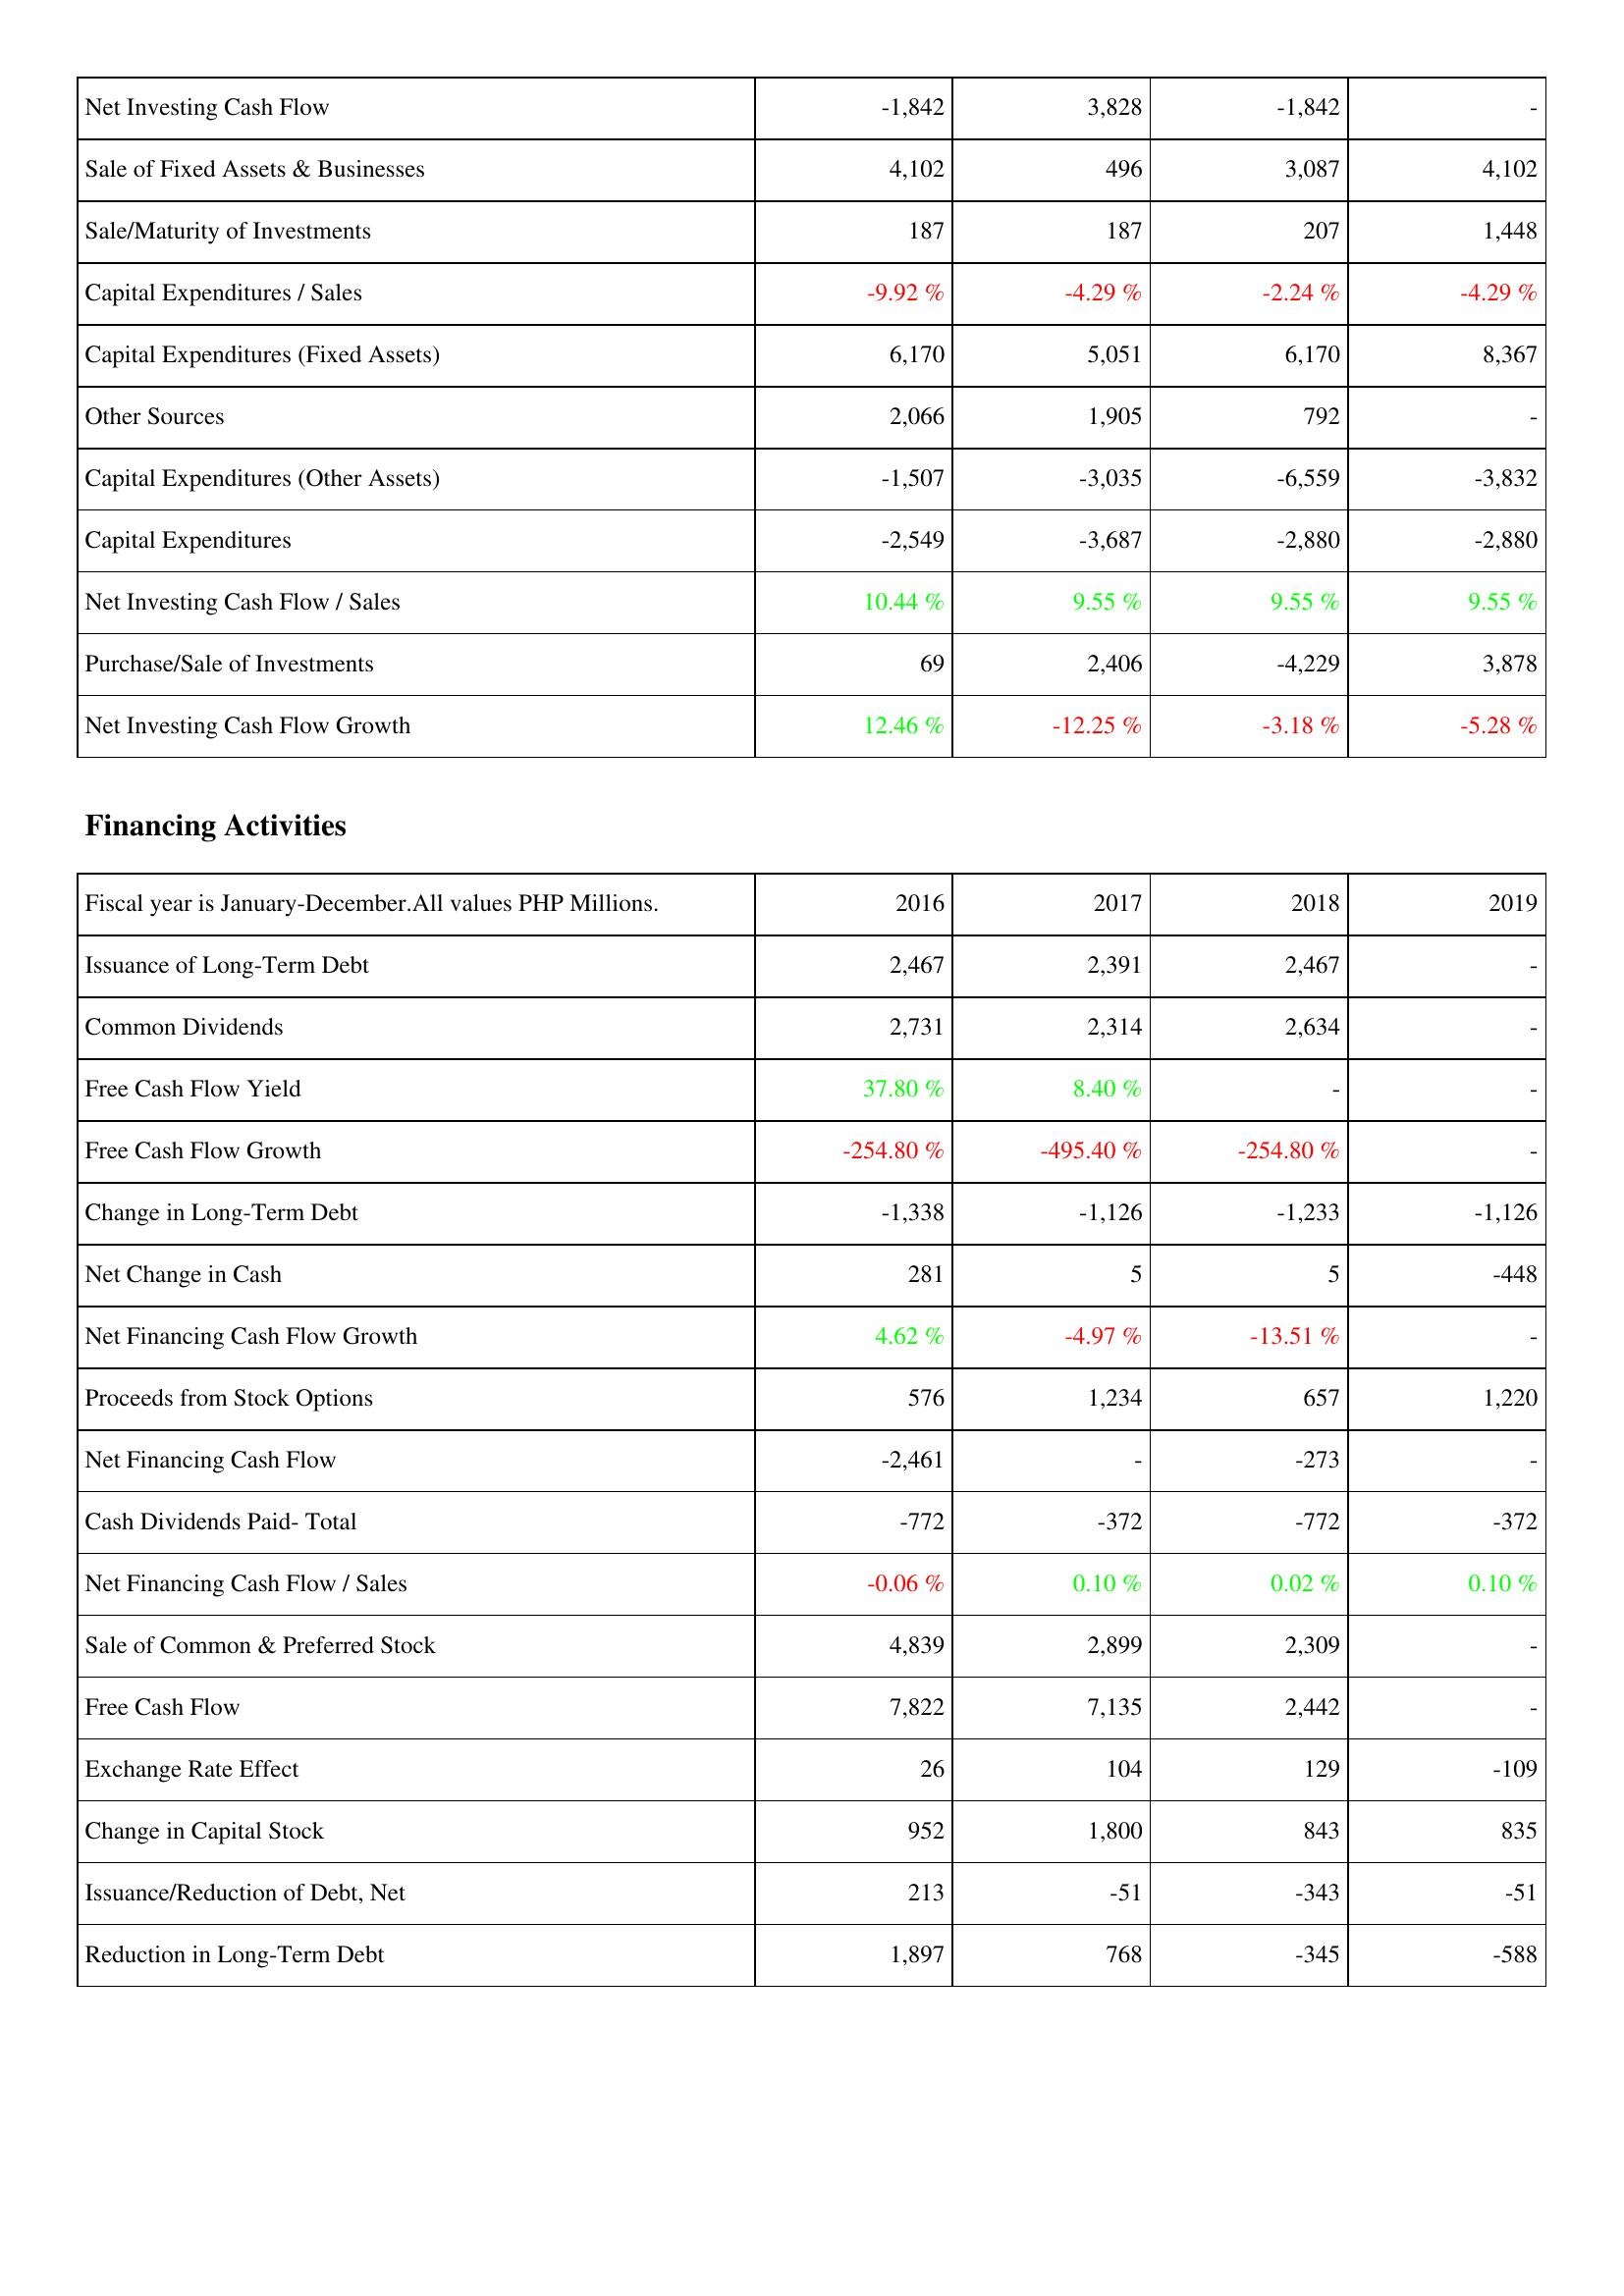
2016: Investing Activities: Net Investing Cash Flow: -1,842
Sale of Fixed Assets & Businesses: 4,102
Sale/Maturity of Investments: 187
Capital Expenditures / Sales: -9.92 %
Capital Expenditures (Fixed Assets): 6,170
Other Sources: 2,066
Capital Expenditures (Other Assets): -1,507
Capital Expenditures: -2,549
Net Investing Cash Flow / Sales: 10.44 %
Purchase/Sale of Investments: 69
Net Investing Cash Flow Growth: 12.46 %
Financing Activities: Issuance of Long-Term Debt: 2,467
Common Dividends: 2,731
Free Cash Flow Yield: 37.80 %
Free Cash Flow Growth: -254.80 %
Change in Long-Term Debt: -1,338
Net Change in Cash: 281
Net Financing Cash Flow Growth: 4.62 %
Proceeds from Stock Options: 576
Net Financing Cash Flow: -2,461
Cash Dividends Paid- Total: -772
Net Financing Cash Flow / Sales: -0.06 %
Sale of Common & Preferred Stock: 4,839
Free Cash Flow: 7,822
Exchange Rate Effect: 26
Change in Capital Stock: 952
Issuance/Reduction of Debt, Net: 213
Reduction in Long-Term Debt: 1,897
2017: Investing Activities: Net Investing Cash Flow: 3,828
Sale of Fixed Assets & Businesses: 496
Sale/Maturity of Investments: 187
Capital Expenditures / Sales: -4.29 %
Capital Expenditures (Fixed Assets): 5,051
Other Sources: 1,905
Capital Expenditures (Other Assets): -3,035
Capital Expenditures: -3,687
Net Investing Cash Flow / Sales: 9.55 %
Purchase/Sale of Investments: 2,406
Net Investing Cash Flow Growth: -12.25 %
Financing Activities: Issuance of Long-Term Debt: 2,391
Common Dividends: 2,314
Free Cash Flow Yield: 8.40 %
Free Cash Flow Growth: -495.40 %
Change in Long-Term Debt: -1,126
Net Change in Cash: 5
Net Financing Cash Flow Growth: -4.97 %
Proceeds from Stock Options: 1,234
Net Financing Cash Flow: -
Cash Dividends Paid- Total: -372
Net Financing Cash Flow / Sales: 0.10 %
Sale of Common & Preferred Stock: 2,899
Free Cash Flow: 7,135
Exchange Rate Effect: 104
Change in Capital Stock: 1,800
Issuance/Reduction of Debt, Net: -51
Reduction in Long-Term Debt: 768
2018: Investing Activities: Net Investing Cash Flow: -1,842
Sale of Fixed Assets & Businesses: 3,087
Sale/Maturity of Investments: 207
Capital Expenditures / Sales: -2.24 %
Capital Expenditures (Fixed Assets): 6,170
Other Sources: 792
Capital Expenditures (Other Assets): -6,559
Capital Expenditures: -2,880
Net Investing Cash Flow / Sales: 9.55 %
Purchase/Sale of Investments: -4,229
Net Investing Cash Flow Growth: -3.18 %
Financing Activities: Issuance of Long-Term Debt: 2,467
Common Dividends: 2,634
Free Cash Flow Yield: -
Free Cash Flow Growth: -254.80 %
Change in Long-Term Debt: -1,233
Net Change in Cash: 5
Net Financing Cash Flow Growth: -13.51 %
Proceeds from Stock Options: 657
Net Financing Cash Flow: -273
Cash Dividends Paid- Total: -772
Net Financing Cash Flow / Sales: 0.02 %
Sale of Common & Preferred Stock: 2,309
Free Cash Flow: 2,442
Exchange Rate Effect: 129
Change in Capital Stock: 843
Issuance/Reduction of Debt, Net: -343
Reduction in Long-Term Debt: -345
2019: Investing Activities: Net Investing Cash Flow: -
Sale of Fixed Assets & Businesses: 4,102
Sale/Maturity of Investments: 1,448
Capital Expenditures / Sales: -4.29 %
Capital Expenditures (Fixed Assets): 8,367
Other Sources: -
Capital Expenditures (Other Assets): -3,832
Capital Expenditures: -2,880
Net Investing Cash Flow / Sales: 9.55 %
Purchase/Sale of Investments: 3,878
Net Investing Cash Flow Growth: -5.28 %
Financing Activities: Issuance of Long-Term Debt: -
Common Dividends: -
Free Cash Flow Yield: -
Free Cash Flow Growth: -
Change in Long-Term Debt: -1,126
Net Change in Cash: -448
Net Financing Cash Flow Growth: -
Proceeds from Stock Options: 1,220
Net Financing Cash Flow: -
Cash Dividends Paid- Total: -372
Net Financing Cash Flow / Sales: 0.10 %
Sale of Common & Preferred Stock: -
Free Cash Flow: -
Exchange Rate Effect: -109
Change in Capital Stock: 835
Issuance/Reduction of Debt, Net: -51
Reduction in Long-Term Debt: -588